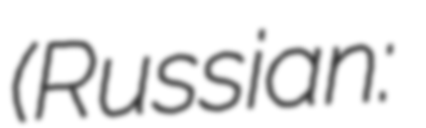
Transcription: (Russian: Влади́мир